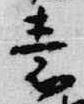
素